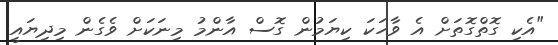
"އެކި ގޮތްގޮތަށް އެ ވާހަކަ ކިޔަމުން ގޮސް އާންމު މިނަކަށް ވެގެން މިދިޔައީ